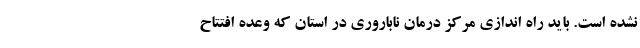
نشده است. باید راه اندازی مرکز درمان ناباروری در استان که وعده افتتاح